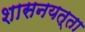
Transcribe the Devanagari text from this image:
शासनयत्ता